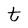
Character: t